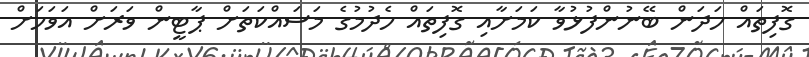
ގޮފިތައް ހަދަން ބޭނުންފުޅުވާ ކަމަށާއި ގޮފިތައް ހެދުމުގެ މަސައްކަތަށް ޕާޓީން ވަރަށް އަވަހަށް